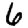
Digit: 6